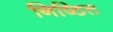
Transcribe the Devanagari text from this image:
निष्ठित